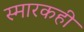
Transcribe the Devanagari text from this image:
स्मारकही